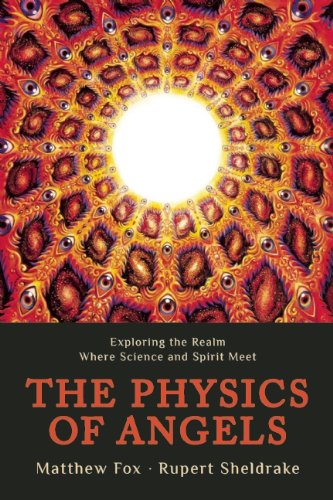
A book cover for The Physics of Angels: Exploring the Realm Where Science and Spirit Meet; Rupert Sheldrake; Christian Books & Bibles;